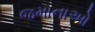
જમાનાઓ